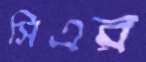
সিএর